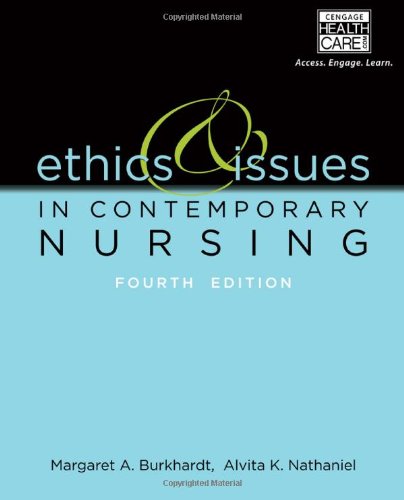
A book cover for Ethics and Issues in Contemporary Nursing; Margaret A. Burkhardt; Medical Books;